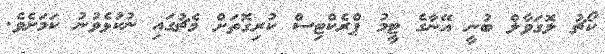
ކޯޗު ލޮގަވާލް ބުނީ އޭނާގެ ޓީމު ޕްރެކްޓިސް ކުރިގޮތަށް މެޗުގައި ނުކުޅެވުނު ކަމަށެވެ.